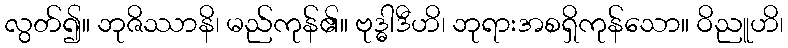
လွတ်၍။ ဘုဇိဿာနိ၊ မည်ကုန်၏။ ဗုဒ္ဓါဒီဟိ၊ ဘုရားအစရှိကုန်သော။ ဝိညူဟိ၊